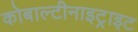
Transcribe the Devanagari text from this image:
कोबाल्टीनाइट्राइट